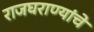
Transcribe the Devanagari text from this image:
राजघराण्यांचे